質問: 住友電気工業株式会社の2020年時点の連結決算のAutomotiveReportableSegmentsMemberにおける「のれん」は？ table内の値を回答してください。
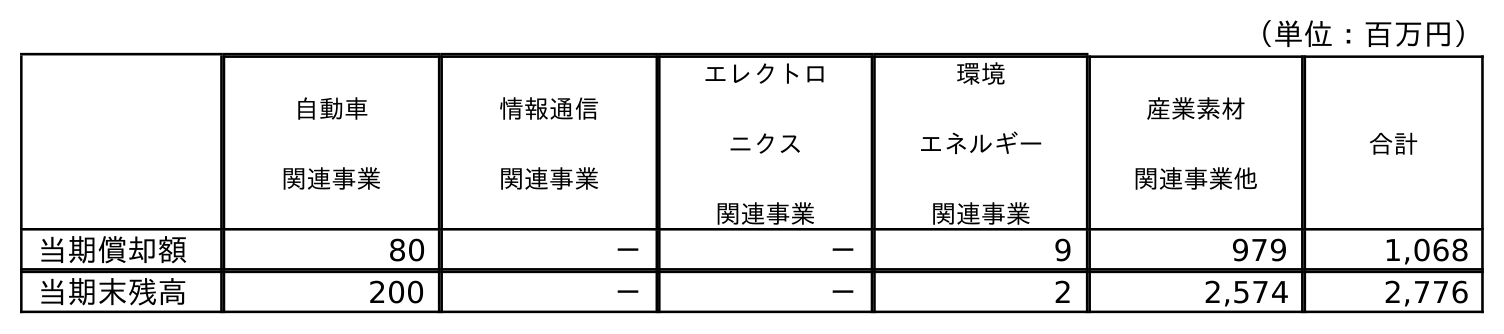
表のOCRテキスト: （単位：百万円） 自動車 関連事業 情報通信 関連事業 エレクトロ ニクス 関連事業 環境 エネルギー 関連事業 産業素材 関連事業他 合計 当期償却額 80 － － 9 979 1,068 当期末残高 200 － － 2 2,574 2,776
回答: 200